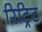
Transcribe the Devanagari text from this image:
रिट्रिट